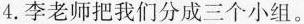
4.李老师把我们分成三个小组。